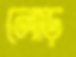
লোড়